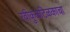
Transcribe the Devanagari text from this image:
रवीकुळटिळकाचा